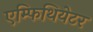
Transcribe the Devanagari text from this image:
एम्फिथियेटर